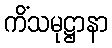
ကိံသမုဋ္ဌာနာ